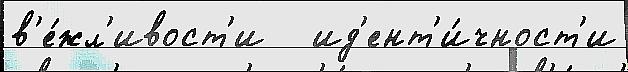
в'е́жл'ивост'и   ид'ент'и́чност'и